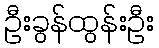
ဦးခွန်ထွန်းဦး